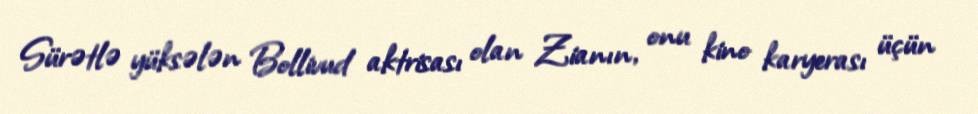
Sürətlə yüksələn Bollivud aktrisası olan Zianın, onu kino karyerası üçün